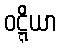
ဝဋ္ဋိယာ